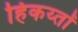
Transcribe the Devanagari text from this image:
हिकय्तों